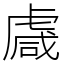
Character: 䖗